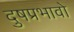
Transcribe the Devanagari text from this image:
दुषप्रभावो